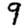
Digit: 9